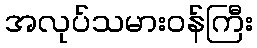
အလုပ်သမားဝန်ကြီး